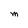
Character: M